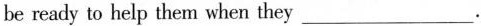
be ready to help them when they ___.